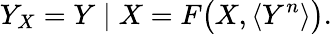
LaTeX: Y_{X}=Y\mid X=F\big(X,\langle Y^{n}\rangle\big).